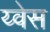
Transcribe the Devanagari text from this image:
य्वेस